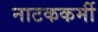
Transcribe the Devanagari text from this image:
नाटककर्मी